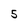
Character: 5